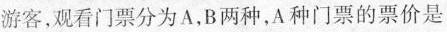
游客，观看门票分为A，B两种，A种门票的票价是